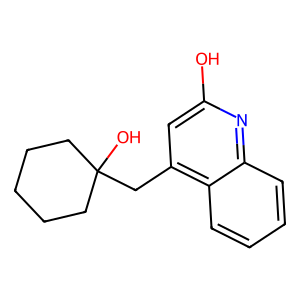
SMILES: Oc1cc(CC2(O)CCCCC2)c2ccccc2n1
Inhibits HIV replication: No